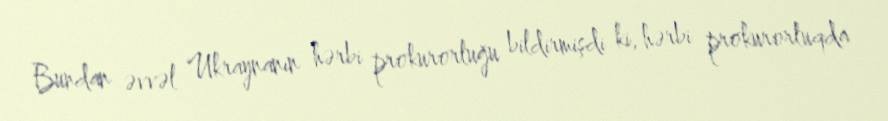
Bundan əvvəl Ukraynanın hərbi prokurorluğu bildirmişdi ki, hərbi prokurorluqda